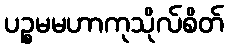
ပဉ္စမမဟာကုသိုလ်စိတ်